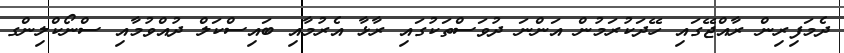
ދެމަފިރިން ރާއްޖޭގައި ހޭދަކުރަމުން އަންނަ ދުވަސްތަކުގައި ރާޅާ އެރުމާއި ބައިސްކަލް ދުއްވުމާއި ސްނޯކްލިންގ